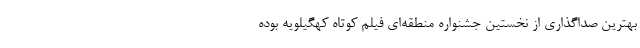
بهترین صداگذاری از نخستین جشنواره منطقه‌ای فیلم کوتاه کهگیلویه بوده